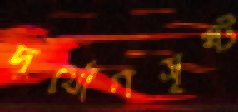
দুর্যোগসৃষ্ট